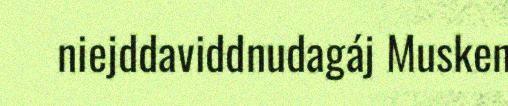
niejddaviddnudagáj Musken